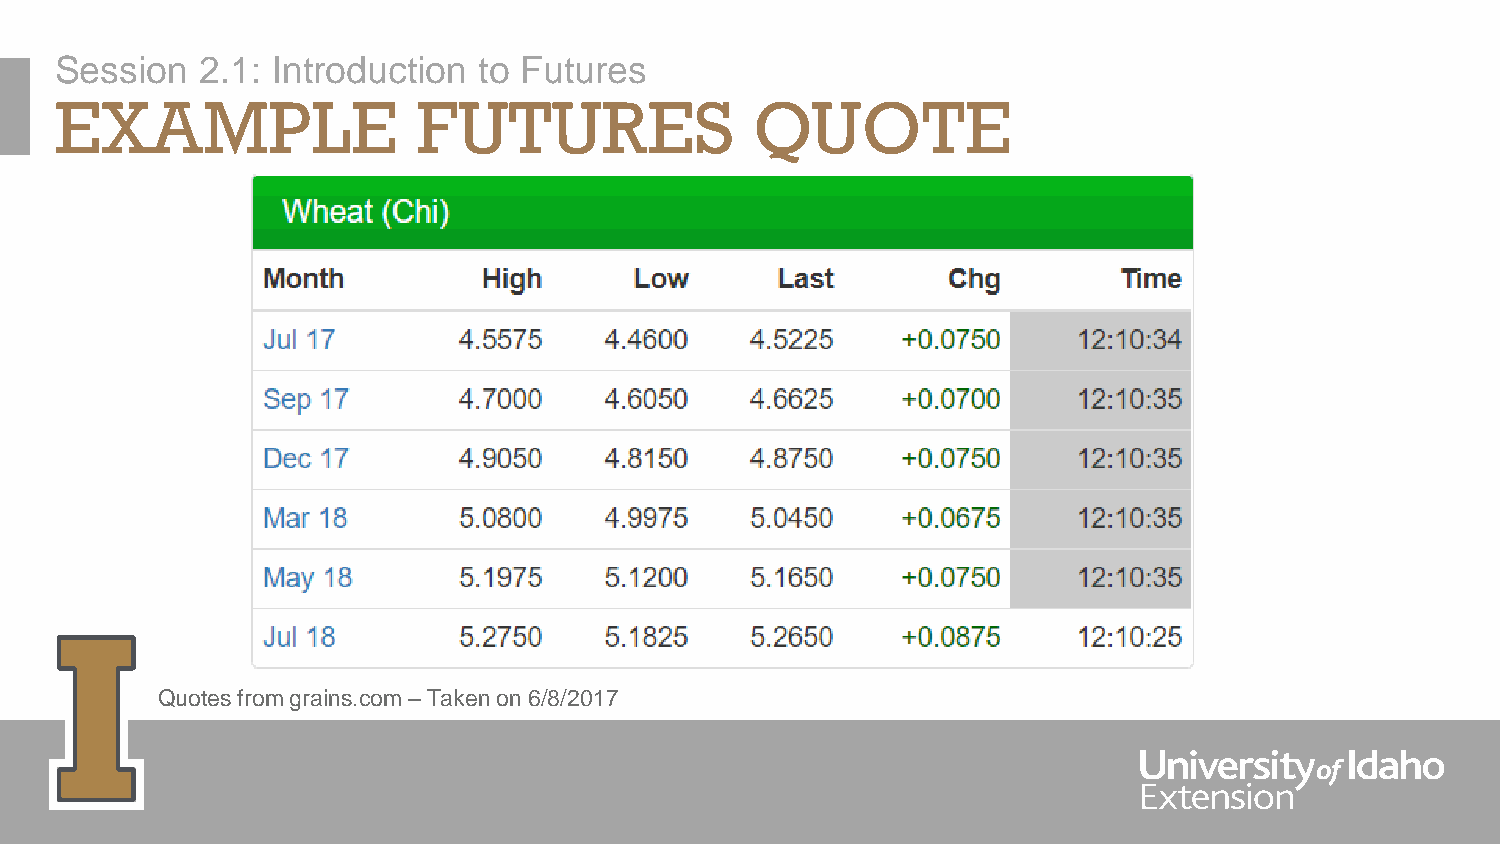
Session  2.1: Introduction  to Futures
 EXAMPLE                 FUTURES               QUOTE
 Quotes from grains.com –Taken on 6/8/2017